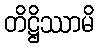
တိဋ္ဌိဿာမိ